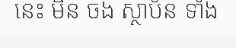
នេះ មិន ចង ស្ថាប័ន ទាំង